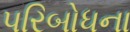
પરિબોધના